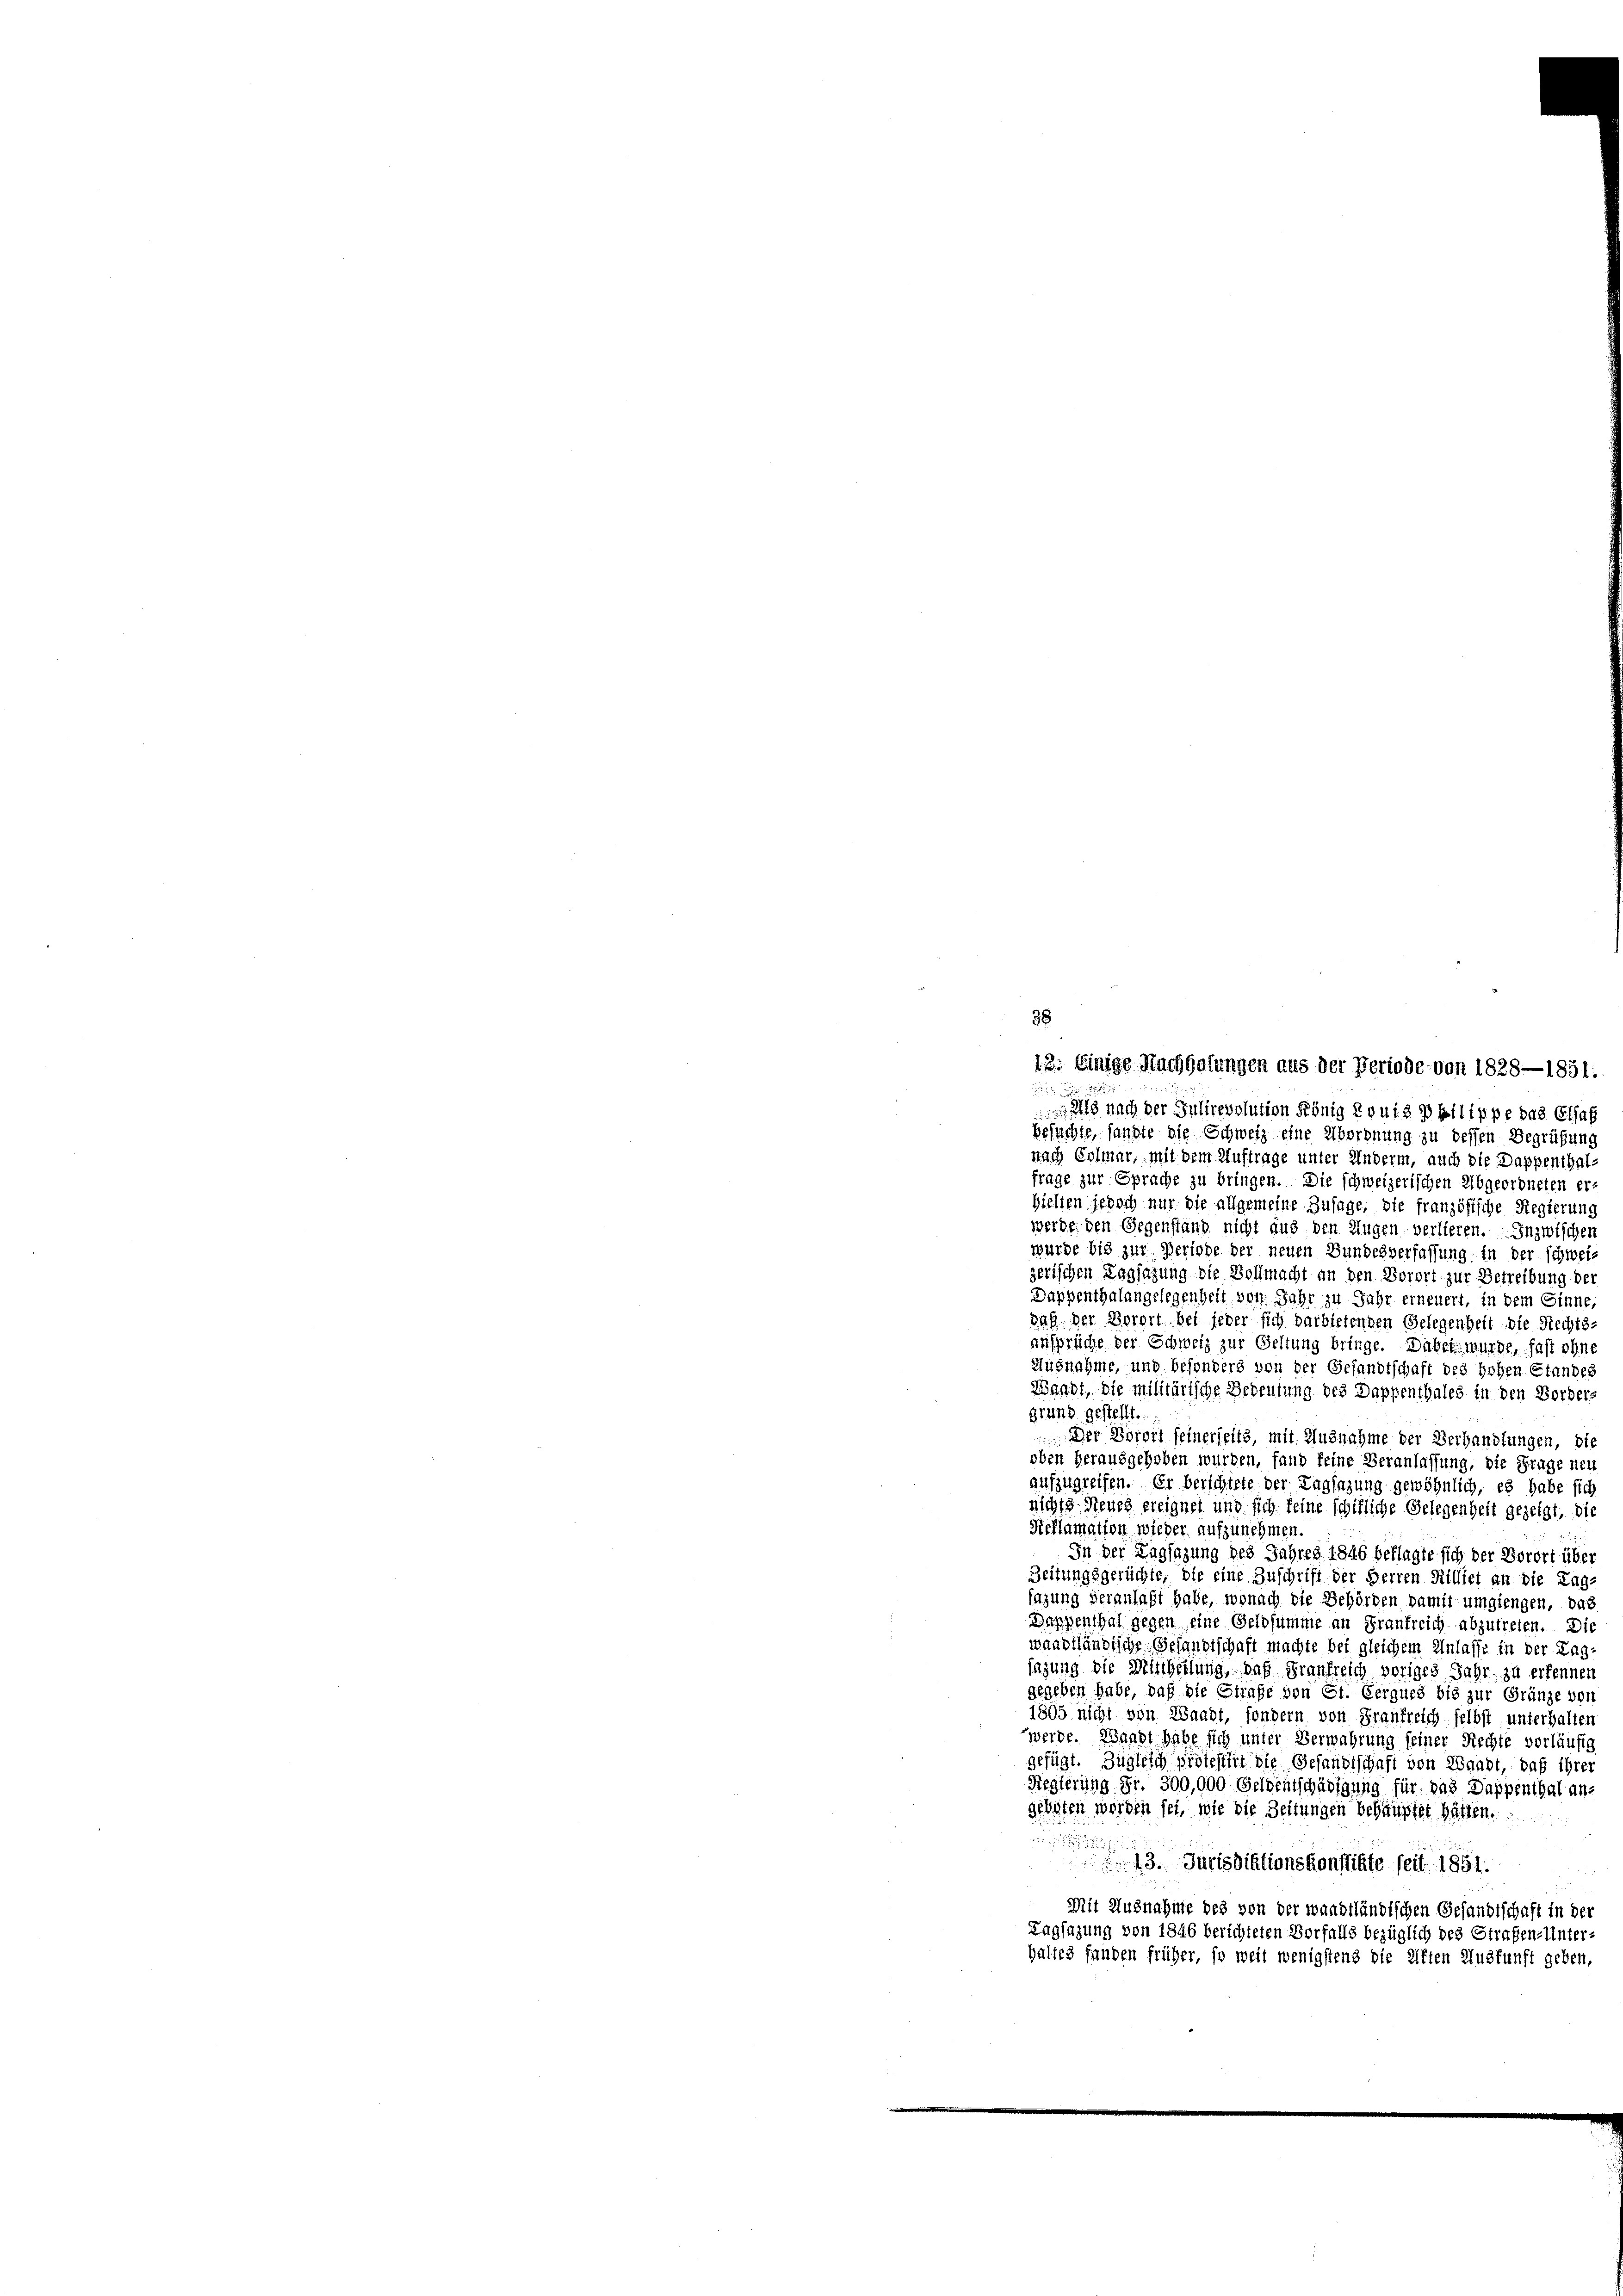
38
12: Einige Nachholungen aus der Periode von 1828—1851:

als nach der Jusirevolution König Louis philippe das Elsaf
besuchte, sandte die Schweiz eine Abordnung zu dessen Begrüfung
nach Colmar, mit dem Auftrage unter Anderm, auch die Dappenthalfrage zur Sprache zu bringen. Die schweizerischen Abgeordneten erhielten jedoch nur die allgemeine Zusage, die französische Regierung
werde den Gegenstand nicht aus den Augen verlieren. Inzwischen
wurde bis zur Periode der neuen Bundesverfassung: In der schweiz
zerischen Tagsazung die Vollmacht an den Vorort zur Betreibung der
Dappenthalangelegenheit von Jahr zu Jahr erneuert, in dem Sinne,
daß der Vorort bei jeder sich darbietenden Gelegenheit die Rechts-
ansprüche der Schweiz zur Geltung bringe. Dabei wurde, fast ohne
Ausnahme, und besonders von der Gesandtschaft des Hohen Standes
Waadt, die militärische Bedeutung des Dappenthales in den Borders
grund gestellt.
Der Vorort seinerseits, mit Ausnahme der Verhandlungen, die
oben herausgehoben wurden, fand keine Veranlassung, die Frage neu
aufzugreifen. Er berschiete der Tagsazung gewöhnlich, es habe sich
nichts Neues ereignet und sich keine schikliche Gelegenheit gezeigt, die
Reflamation wieder aufzunehmen.
In der Tagsazung des Jahres 1846 beflagte sich der Vorort über
Zeitungsgerüchte, die eine Zuschrift der Herren Milliet an die Lag-
sazung veranlaßt habe, wonach die Behörden damit umgiengen, das
Dappenthal gegen eine Geldsumme an Frankreich abzutreten. Die
waadtländische Gesandtschaft machte bei gleichem Anlasse in der Lag-
sagung die Mittheilung, daß Frankreich voriges Jahr zu erkennen
gegeben habe, daß die Strafe von Ct. Cerques bis zur Gränze von
1805 nicht von Waadt, sondern von Fraufreich selbst, unterhalten
werde. Waadt habe sich unter Verwahrung seiner Rechte vorläufig
gefügt. Zugleich protestirt die Gesandtschaft von Waadt, daß ihrer
Regierung Fr. 300,000 Geldentschädigung für das Dappenthal an-
geboten werden sei, wie die Zeitungen behauptet hätten.

13. Jurisdiktionskonflikte seit 1891.
Mit Ausnahme des von der wandtländischen Gesandtschaft in der
Tagsazung von 1846 berichteten Vorfalls bezüglich des Strafen-Unter-
haltes fanden früher, so weit wenigstens die Giften Auskunft geben,